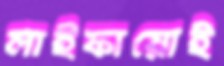
লাইফায়োই